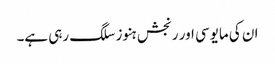
ان کی مایوسی اور رنجش ہنوز سلگ رہی ہے۔